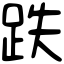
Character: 跌